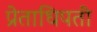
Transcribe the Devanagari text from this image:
प्रेताधिपती